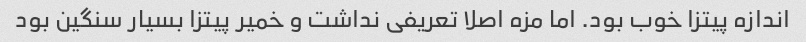
اندازه پیتزا خوب بود. اما مزه اصلا تعریفی نداشت و خمیر پیتزا بسیار سنگین بود